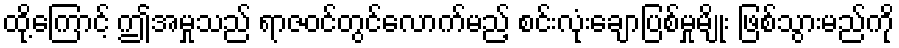
ထို့ကြောင့် ဤအမှုသည် ရာဇဝင်တွင်လောက်မည့် စင်းလုံးချောပြစ်မှုမျိုး ဖြစ်သွားမည်ကို